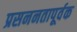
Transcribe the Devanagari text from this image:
प्रसननतापूर्वक